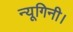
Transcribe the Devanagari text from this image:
न्यूगिनी।